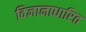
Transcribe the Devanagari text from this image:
विज्ञानाधारित